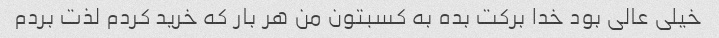
خیلی عالی بود خدا برکت بده به کسبتون من هر بار که خرید کردم لذت بردم